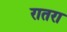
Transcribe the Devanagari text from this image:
रातरा